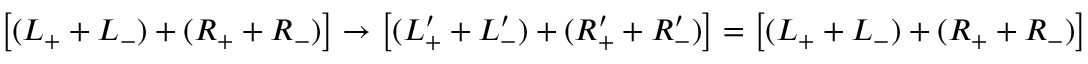
\left[ ( L _ { + } + L _ { - } ) + ( R _ { + } + R _ { - } ) \right] \rightarrow \left[ ( L _ { + } ^ { \prime } + L _ { - } ^ { \prime } ) + ( R _ { + } ^ { \prime } + R _ { - } ^ { \prime } ) \right] = \left[ ( L _ { + } + L _ { - } ) + ( R _ { + } + R _ { - } ) \right]